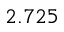
2 . 7 2 5